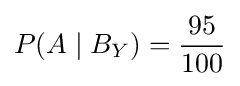
P(A\mid B_{Y})={95 \over 100}